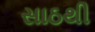
સાઠથી